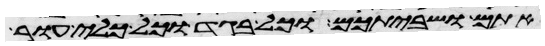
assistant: אתם ושביתכם וכל בגד וכל כלי עור